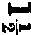
1½